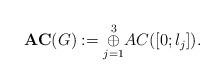
LaTeX: \begin{align*}{\bf AC}(G):=\underset{j=1}{\overset{3}{\oplus}}AC([0;l_j]).\end{align*}